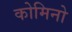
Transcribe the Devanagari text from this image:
कोमिनो